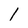
Character: 1